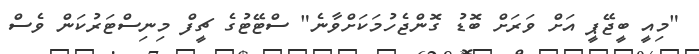
"މިއީ ބީޖޭޕީ އަށް ވަރަށް ބޮޑު ގޮންޖެހުމަކަށްވާނެ" ސްޓޭޓުގެ ޗީފް މިނިސްޓަރުކަން ވެސް